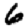
Digit: 6